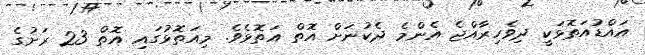
އައްޑުއަތޮޅަކީ ދިވެހިރާއްޖެ އެންމެ ދެކުނަށް އޮތް އަތޮޅެވެ. މިއަތޮޅުގައި އޮތް 23 ރަށުގެ